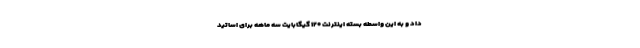
داد و به این واسطه بسته اینترنت ۱۲۰ گیگابایت سه ماهه برای اساتید